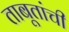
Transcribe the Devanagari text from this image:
ताबूतांची